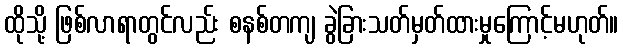
ထိုသို့ ဖြစ်လာရာတွင်လည်း စနစ်တကျ ခွဲခြားသတ်မှတ်ထားမှုကြောင့်မဟုတ်။